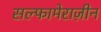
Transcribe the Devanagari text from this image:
सल्फामेराज़ीन